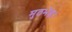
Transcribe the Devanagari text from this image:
मुठभेड़।